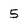
Character: 5